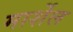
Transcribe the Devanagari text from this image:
मार्शेल